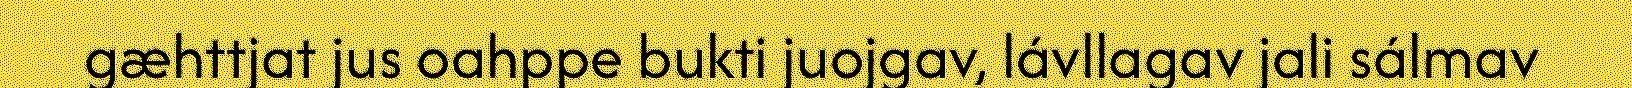
gæhttjat jus oahppe bukti juojgav, lávllagav jali sálmav